Report of the Indian Hemp Drugs Commission, 1894-1895 - Volume VI
Year: 1894
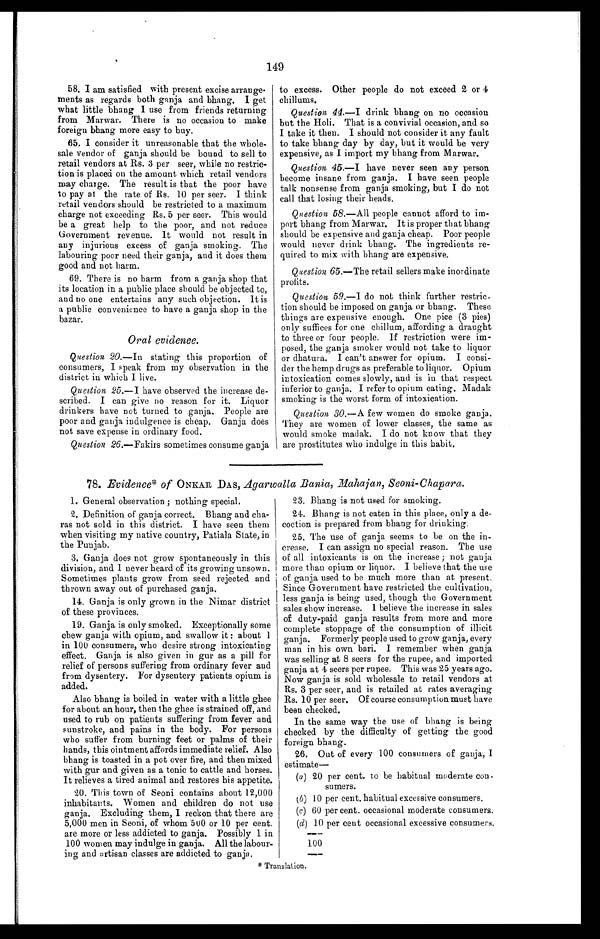
149
58. I am satisfied with present excise arrange
-
ments as regards both ganja and bhang. I get
what little bhang I use from friends returning
from Marwar. There is no occasion to make
foreign bhang more easy to buy.
65. I consider it unreasonable that the whole
-
sale vendor of ganja should be bound to sell to
retail vendors at Rs. 3 per seer, while no restric
-
tion is placed on the amount which retail vendors
may charge. The result is that the poor have
to pay at the rate of Rs. 10 per seer. I think
retail vendors should be restricted to a maximum
charge not exceeding Rs. 5 per seer. This would
be a great help to the poor, and not reduce
Government revenue. It would not result in
any injurious excess of ganja smoking. The
labouring poor need their ganja, and it does them
good and not harm.
69. There is no harm from a ganja shop that
its location in a public place should be objected to,
and no one entertains any such objection. It is
a public convenience to have a ganja shop in the
bazar.
Oral evidence.
Question 20.—In stating this proportion of
consumers, I speak from my observation in the
district in which I live.
Question 25.— I have observed the increase d
e -
scribed. I can give no reason for it. Liquor
drinkers have not turned to ganja. People are
poor and ganja indulgence is cheap. Ganja does
not save expense in ordinary food.
Question 26 .—Fakirs sometimes consume ganja
to excess. Other people do not exceed 2 or 4
c h i l l u m s .
Question 44.—I drink bhang on no occasion
but the Holi. That is a convivial occasion, and so
I take it then. I should not consider it any fault
to take bhang day by day, but it would be very
expensive, as I import my bhang from Marwar.
Question 45.— I have never seen any person
become insane from ganja. I have seen people
talk nonsense from ganja smoking, but I do not
call that losing their heads.
Question 58.—All people cannot afford to im
-
port bhang from Marwar. It is proper that
b h a n g
should be expensive and ganja cheap. Poor
p e o p l e
would never drink bhang. The ingredients re
-
quired to mix with bhang are expensive.
Question 65.— The retail sellers make inordinate
profits.
Question 59.—I do not think further restric
-
tion should be imposed on ganja or bhang. These
things are expensive enough. One pice (3 pies)
only suffices for one chillum, affording a draught
to three or four people. If restriction were im
-
posed, the ganja smoker would not take to liquor
or dhatura. I can't answer for opium. I consi
-
der the hemp drugs as preferable to liquor. Opium
intoxication comes slowly, and is in that respect
inferior to ganja. I refer to opium eating. Madak
smoking is the worst form of intoxication.
Question 30.— A few women do smoke ganja.
They are women of lower classes, the same as
would smoke madak. I do not know that they
are prostitutes who indulge in this habit.
78. Evidence* of ONKAR DAS, Agarwalla Bania, Mahajan, Seoni-Chapara.
1. General observation; nothing special.
2. Definition of ganja correct. Bhang and cha
-
ras not sold in this district. I have seen them
when visiting my native country, Patiala State, in
the Punjab.
3. Ganja does not grow spontaneously in this
division, and I never heard of its growing unsown.
Sometimes plants grow from seed rejected and
thrown away out of purchased ganja.
14. Ganja is only grown in the Nimar district
of these provinces.
19. Ganja is only smoked. Exceptionally some
chew ganja with opium, and swallow it: about
1
in 100 consumers, who desire strong intoxicating
effect. Ganja is also given in gur as a pill for
relief of persons suffering from ordinary fever and
from dysentery. For dysentery patients opium is
added.
Also bhang is boiled in water with a little ghee
for about an hour, then the ghee is strained off, and
used to rub on patients suffering from fever and
sunstroke, and pains in the body. For persons
who suffer from burning feet or palms of their
hands, this ointment affords immediate relief. Also
bhang is toasted in a pot over fire, and then mixed
with gur and given as a tonic to cattle and horses.
It relieves a tired animal and restores his appetite.
20. This town of Seoni contains about 12,000
inhabitants. Women and children do not use
ganja. Excluding them, I reckon that there are
5,000 men in Seoni, of whom 500 or 10 per cent.
are more or less addicted to ganja. Possibly 1 in
100 women may indulge in ganja. All the labour
-
ing and artisan classes are addicted to ganja.
23. Bhang is not used for smoking.
24. Bhang is not eaten in this place, only a de
-
coction is prepared from bhang for drinking.
25. The use of ganja seems to be on the in
-
crease. I can assign no special reason. The use
of all intoxicants is on the increase; not ganja
more than opium or liquor. I believe that the use
of ganja used to be much more than at present
.
Since Government have restricted the cultivation,
less ganja is being used, though the Government
sales show increase. I believe the increase in sales
of duty-paid ganja results from more and more
complete stoppage of the consumption of illicit
ganja. Formerly people used to grow ganja, every
man in his own bari. I remember when ganja
was selling at 8 seers for the rupee, and imported
ganja at 4 seers per rupee. This was 25 years ago.
Now ganja is sold wholesale to retail vendors at
Rs. 3 per seer, and is retailed at rates averaging
Rs. 10 per seer. Of course consumption must have
been checked.
In the same way the use of bhang is being
checked by the difficulty of getting the good
foreign bhang.
26. Out of every 100 consumers of ganja, I
estimate
—
( a ) 20 per cent. to be habitual moderate con
-
sumers.
(b
) 10 per cent. habitual excessive consumers.
(c) 60 per cent. occasional moderate consumers.
(d) 10 per cent occasional excessive consumers.
100